Annual report on the lock hospitals of the Madras Presidency
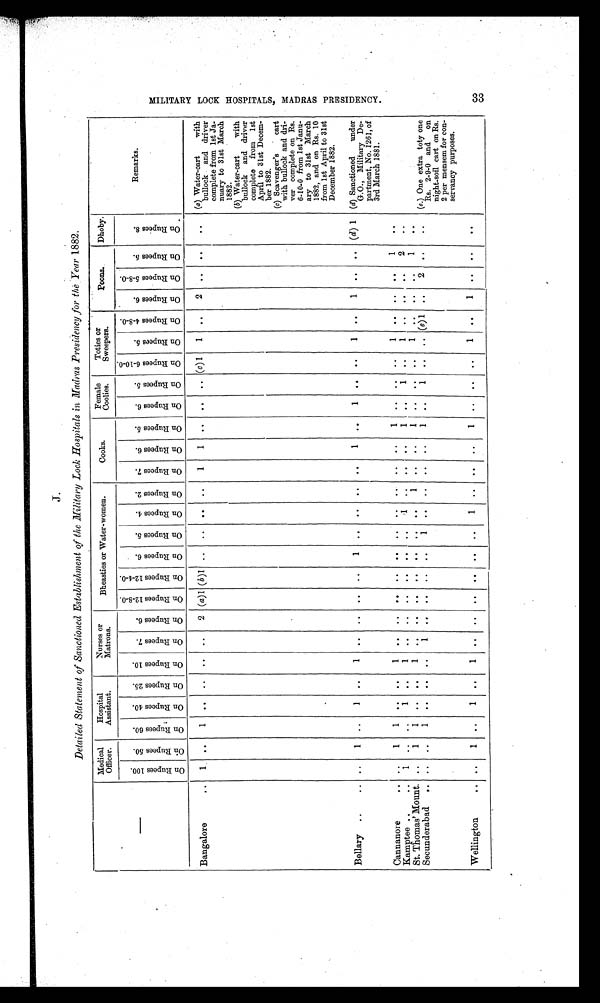
J.
Detailed Statement of Sanctioned Establishment of the Military Lock Hospitals in Madras Presidency for the Year 1882.
—
Medical
Officer.
Hospital
Assistant.
Nurses or
Matrons.
Bheasties or Water-women.
Cooks.
Female
Coolies.
Toties or
Sweepers.
Peons
Dhoby.
Remarks.
O n R u p e e s 1 0 0 .
O n R u p e e s 5 0 .
O n R u p e e s 6 0 .
On Rupees 40.
O n R u p e e s 2 5 .
O n R u p e e s 1 0 .
O n R u p e e s 7 . O n R u p e e s 6 .
O n R u p e e s 1 2 - 8 - 0 .
On Rupees 12-4-0.
O n R u p e e s 6 . O n R u p e e s 5 .
O n R u p e e s 4 .
O n R u p e e s 2 .
O n R u p e e s 7 .
On Rupees 6.
O n R u p e e s 5 .
O n R u p e e s 6 .
On Rupees 5.
O n R u p e e s 6 - 1 0 - 0 .
On Rupees 5.
O n R u p e e s 4 - 8 - 0 .
O n R u p e e s 6 .
O n R u p e e s 5 - 8 - 0 .
O n R u p e e s 5 .
O n R u p e e s 8 .
Bangalore
..
1
. .
1
. . ..
. .
. .
2 (a)1 ( b )1
. . ..
. . ..
1
1
. .
... .. (c) 1
1
..
2
. .
. .
..
(a) Water-cart with
bullock and driver
complete from 1st Ja-
nuary to 31st March
1882.
(b) Water-cart with
bullock and driver
complete from 1st
April to 31st Decem-
ber 1882.
(c) Scavenger's cart
with bullock and dri-
ver complete on Rs.
6-10-0 from 1st Janu-
ary to 31st March
1882, and on Rs. 10
from 1st April to 31st
December 1882.
Bellary ..
..
. .
1
..
1
..
1
. .
. .
. .
. .
1
. .
. .
. .
. .
1
. .
1
. .
. .
1
. .
1
..
.. ( d) 1 (d) Sanctioned under
G.O., Military De-
partment, No. 1261, of
3rd March 1881.
Cannanore
..
. . 1
1
. .
..
1
. .
. .
. .
. .
. .
. .
. .
. .
. .
. . 1
..
..
..
1
. .
. .
. . 1
..
Kamptee
.. ..
1
. .
. .
1
..
1
. .
. .
. .
. .
. .
. .
1
. .
. .
. . 1
..
1
..
1
. .
. .
. . 2
..
St. Thomas' Mount. ..
1
1
. . .. 1
. .
. .
. .
. .
. .
. .
. .
1
..
..
1
. .
. .
. . 1
. .
. .
. .
1
. .
Secunderabad
..
. .
. .
1
. .
..
. .
1
. . ..
. .
. .
1
. .
. .
..
. .
1
. .
1
. .
. . ( e) 1 ..
2 ..
..
(e .) One extra toty one
Rs. 2-9-0 and on
night-soil cart on Rs.
2 per mensem for con-
servancy purposes.
Wellington
..
. . 1
..
1
..
1 ..
..
. .
..
. .
. .
1
. .
. .
. .
1
. .
. .
. . 1
. .
1
. .
. .
. .
M I L I T A R Y L O C K H O S P I T A L S , M A D R A S P R E S I D E N C Y .
3 3